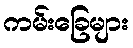
ကမ်းခြေများ